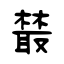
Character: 樷